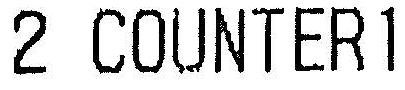
2 COUNTER1